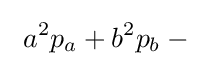
\ a^{2}p_{a}+b^{2}p_{b}-{}\